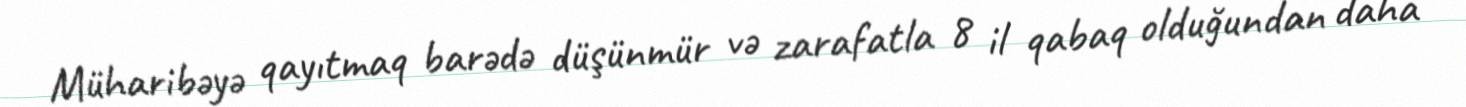
Müharibəyə qayıtmaq barədə düşünmür və zarafatla 8 il qabaq olduğundan daha